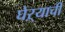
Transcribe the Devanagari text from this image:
घेऱ्याची